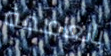
بالعاصمة